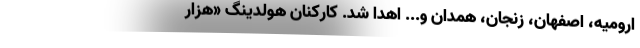
ارومیه، اصفهان، زنجان، همدان و... اهدا شد. کارکنان هولدینگ «هزار